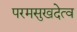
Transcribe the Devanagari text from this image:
परमसुखदेत्व